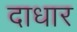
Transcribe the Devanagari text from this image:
दाधार